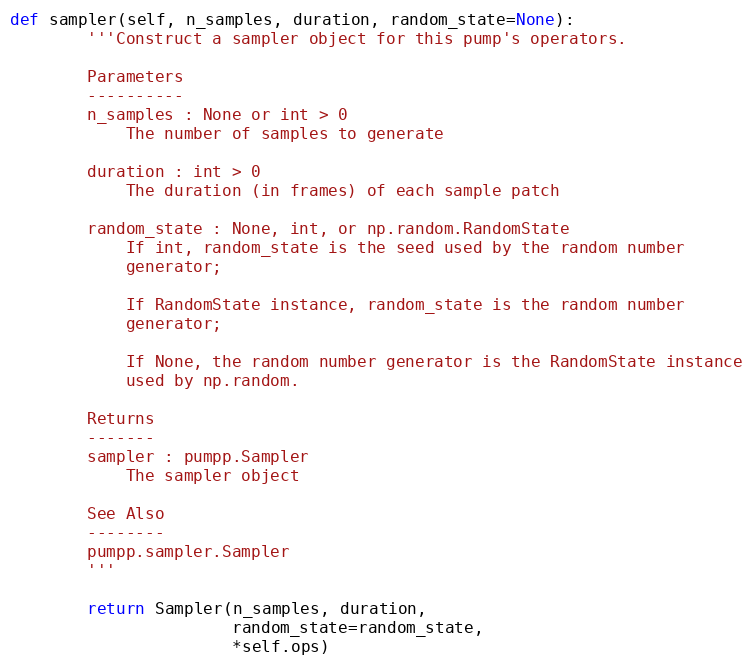
Language: Python
def sampler(self, n_samples, duration, random_state=None):
        '''Construct a sampler object for this pump's operators.

        Parameters
        ----------
        n_samples : None or int > 0
            The number of samples to generate

        duration : int > 0
            The duration (in frames) of each sample patch

        random_state : None, int, or np.random.RandomState
            If int, random_state is the seed used by the random number
            generator;

            If RandomState instance, random_state is the random number
            generator;

            If None, the random number generator is the RandomState instance
            used by np.random.

        Returns
        -------
        sampler : pumpp.Sampler
            The sampler object

        See Also
        --------
        pumpp.sampler.Sampler
        '''

        return Sampler(n_samples, duration,
                       random_state=random_state,
                       *self.ops)